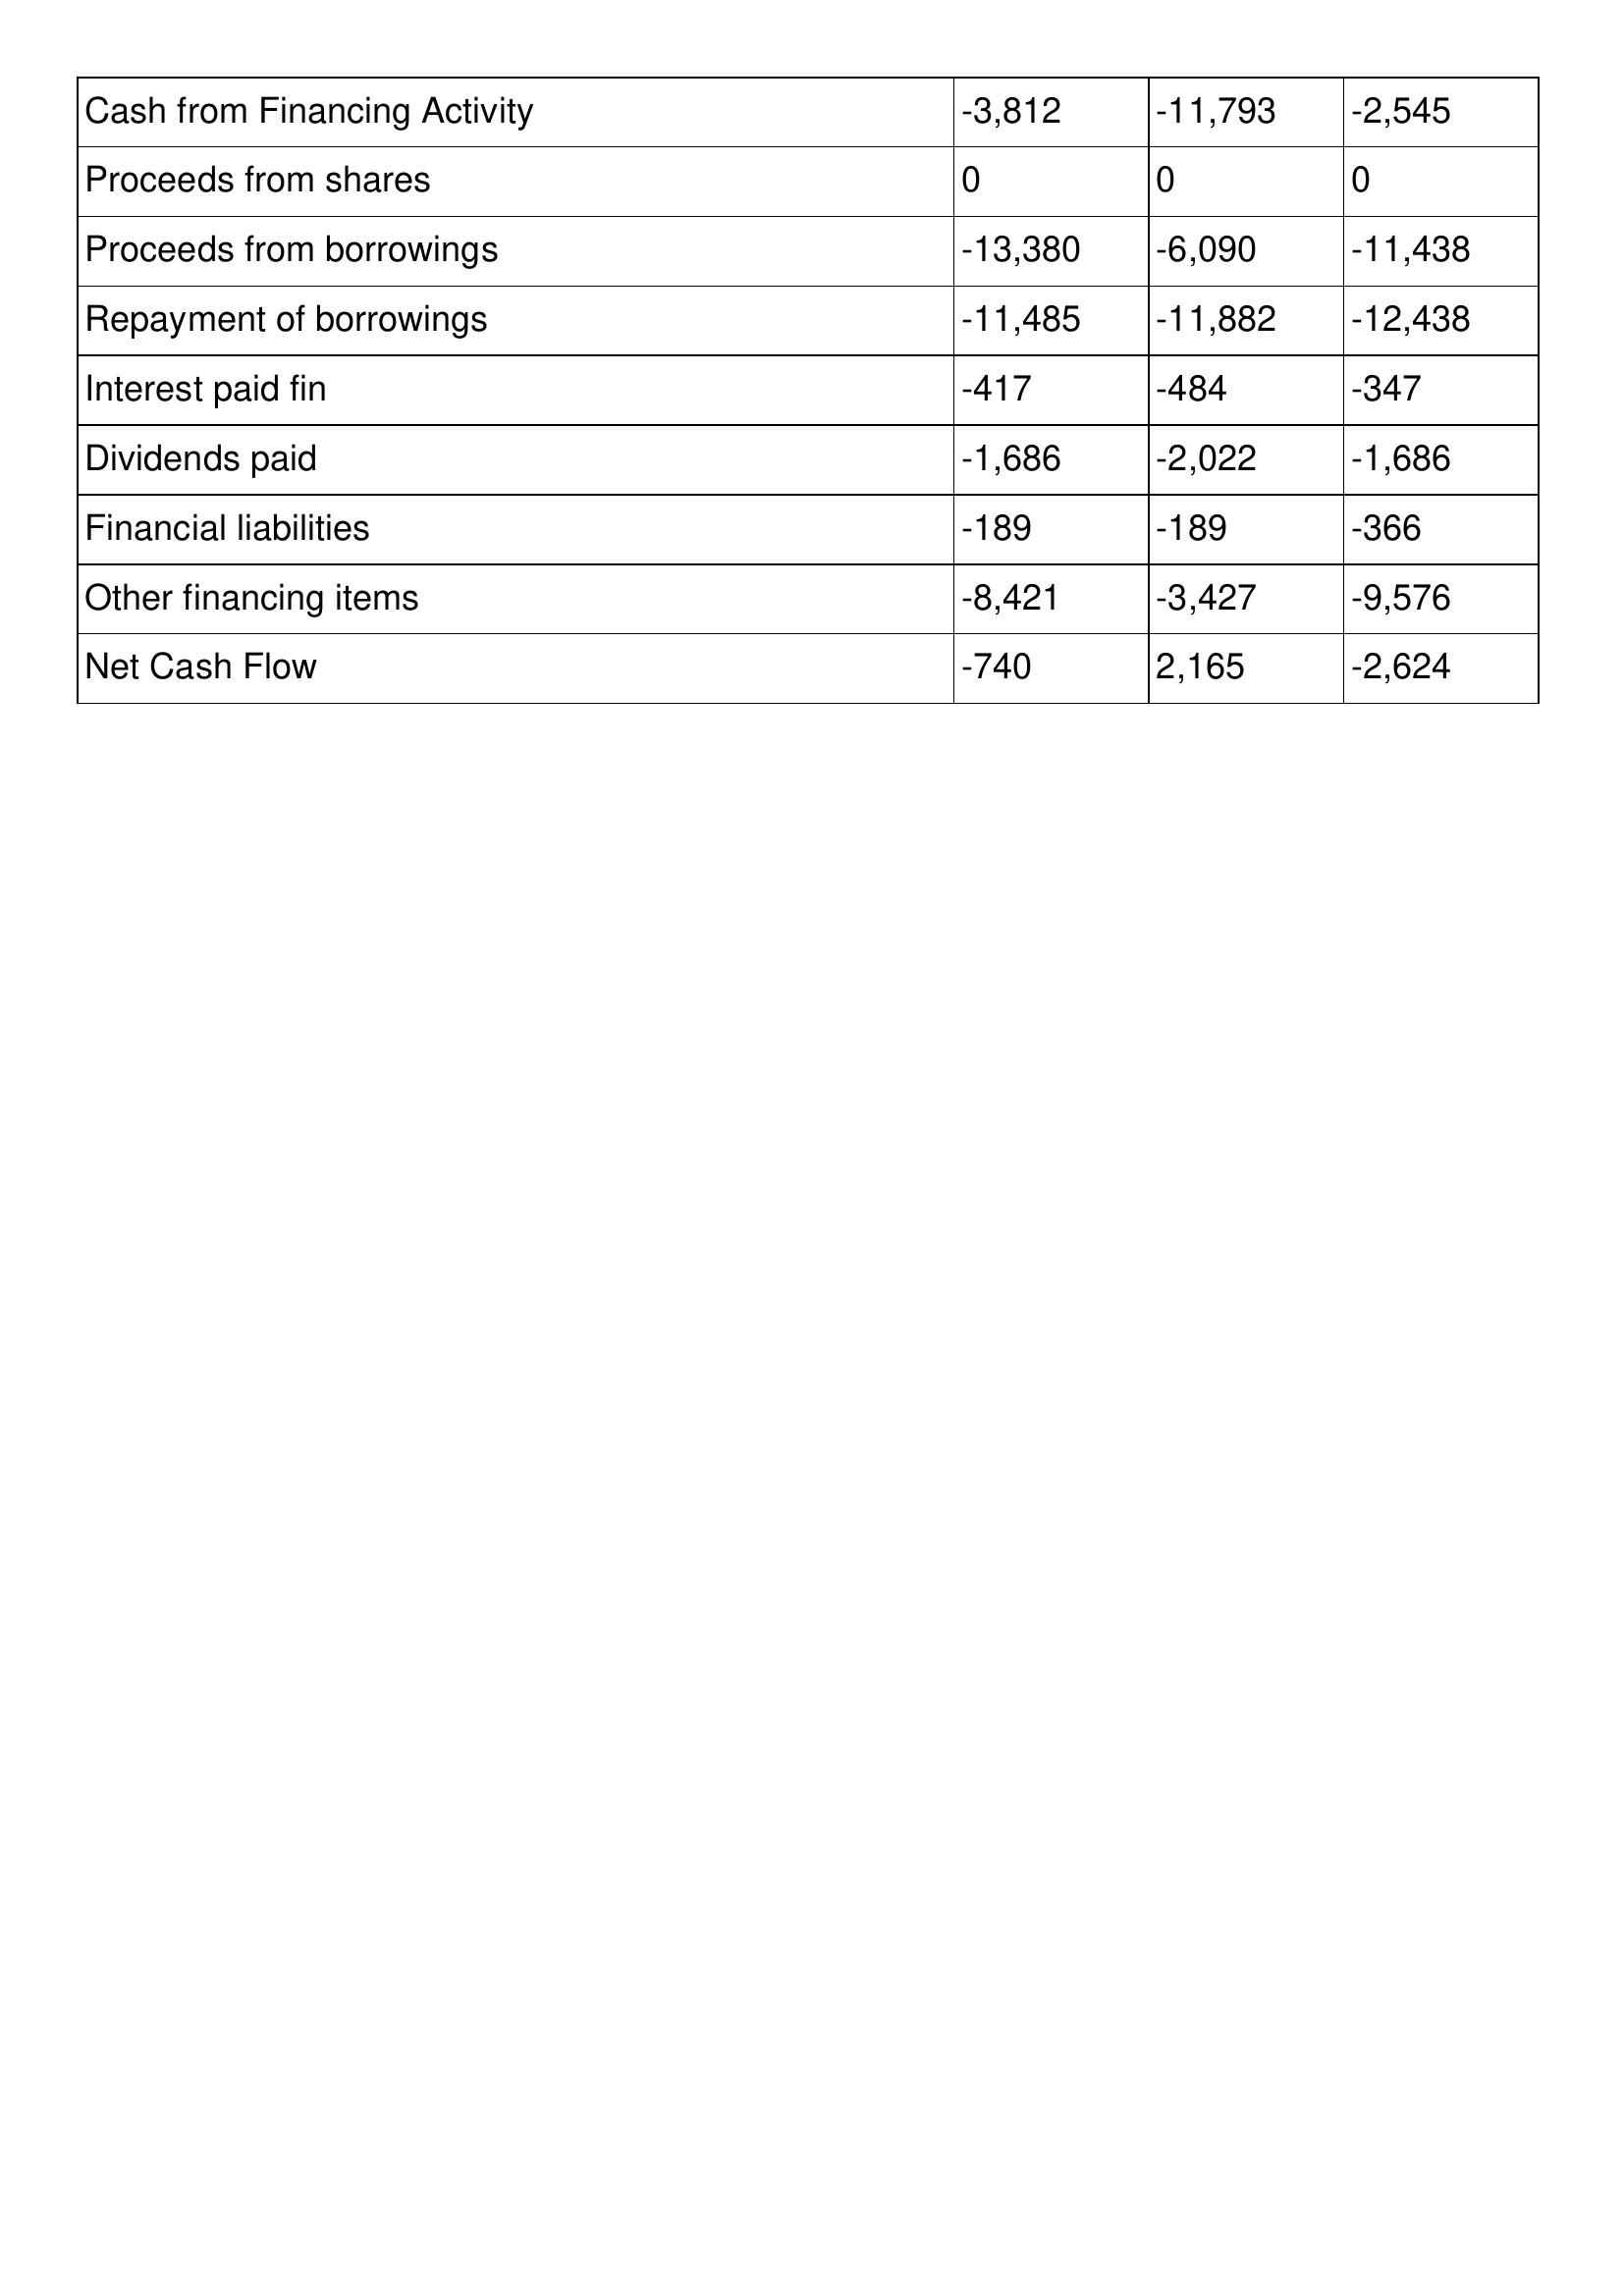
gt_parse: 2004: Cash Flows: Cash from Financing Activity: -3,812
Proceeds from shares: 0
Proceeds from borrowings: -13,380
Repayment of borrowings: -11,485
Interest paid fin: -417
Dividends paid: -1,686
Financial liabilities: -189
Other financing items: -8,421
Net Cash Flow: -740
2003: Cash Flows: Cash from Financing Activity: -11,793
Proceeds from shares: 0
Proceeds from borrowings: -6,090
Repayment of borrowings: -11,882
Interest paid fin: -484
Dividends paid: -2,022
Financial liabilities: -189
Other financing items: -3,427
Net Cash Flow: 2,165
2002: Cash Flows: Cash from Financing Activity: -2,545
Proceeds from shares: 0
Proceeds from borrowings: -11,438
Repayment of borrowings: -12,438
Interest paid fin: -347
Dividends paid: -1,686
Financial liabilities: -366
Other financing items: -9,576
Net Cash Flow: -2,624